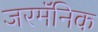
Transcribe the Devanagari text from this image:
जरमॅनिक